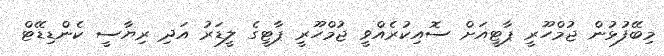
މިބޭފުޅުން ޖުމްހޫރީ ޕާޓީއަށް ސޮއިކުރެއްވީ ޖުމްހޫރީ ޕާޓީގެ ލީޑަރު އަދި ރިޔާސީ ކެންޑިޑޭޓް